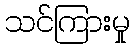
သင်ကြားမှု